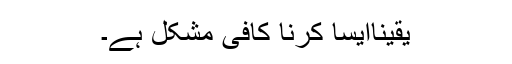
یقیناایسا کرنا کافی مشکل ہے۔